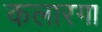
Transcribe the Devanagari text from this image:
कलारगा